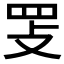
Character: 𰭈